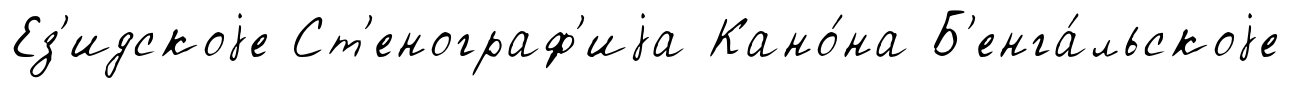
Ез'идскоjе Ст'енограф'иjа Кано́на Б'енга́льскоjе